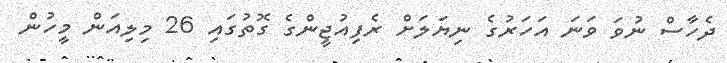
ދެހާސް ނުވަ ވަނަ އަހަރުގެ ނިޔަލަށް ރެފިއުޖީންގެ ގޮތުގައި 26 މިލިއަން މީހުން